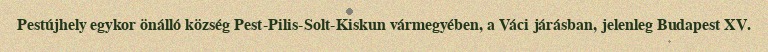
Pestújhely egykor önálló község Pest-Pilis-Solt-Kiskun vármegyében, a Váci járásban, jelenleg Budapest XV.